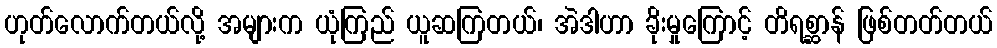
ဟုတ်လောက်တယ်လို့ အများက ယုံကြည် ယူဆကြတယ်၊ အဲဒါဟာ ခိုးမှုကြောင့် တိရစ္ဆာန် ဖြစ်တတ်တယ်